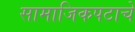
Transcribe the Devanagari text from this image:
सामाजिकपटाचे